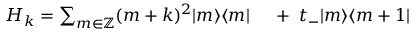
\begin{array} { r l } { H _ { k } = \sum _ { m \in \mathbb { Z } } ( m + k ) ^ { 2 } | m \rangle \langle m | \; } & { { } + \; t _ { - } | m \rangle \langle m + 1 | } \end{array}